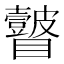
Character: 𭿲